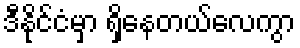
ဒီနိုင်ငံမှာ ရှိနေတယ်လေကွာ